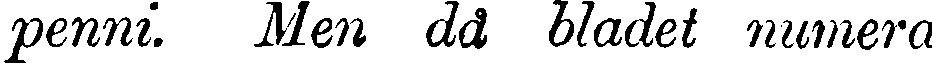
penni Men då bladet numera